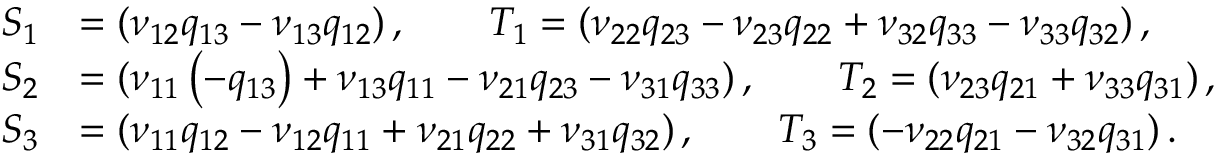
\begin{array} { r l } { S _ { 1 } } & { = ( \nu _ { 1 2 } q _ { 1 3 } - \nu _ { 1 3 } q _ { 1 2 } ) \, , \qquad T _ { 1 } = ( \nu _ { 2 2 } q _ { 2 3 } - \nu _ { 2 3 } q _ { 2 2 } + \nu _ { 3 2 } q _ { 3 3 } - \nu _ { 3 3 } q _ { 3 2 } ) \, , } \\ { S _ { 2 } } & { = ( \nu _ { 1 1 } \left( - q _ { 1 3 } \right) + \nu _ { 1 3 } q _ { 1 1 } - \nu _ { 2 1 } q _ { 2 3 } - \nu _ { 3 1 } q _ { 3 3 } ) \, , \qquad T _ { 2 } = ( \nu _ { 2 3 } q _ { 2 1 } + \nu _ { 3 3 } q _ { 3 1 } ) \, , } \\ { S _ { 3 } } & { = ( \nu _ { 1 1 } q _ { 1 2 } - \nu _ { 1 2 } q _ { 1 1 } + \nu _ { 2 1 } q _ { 2 2 } + \nu _ { 3 1 } q _ { 3 2 } ) \, , \qquad T _ { 3 } = ( - \nu _ { 2 2 } q _ { 2 1 } - \nu _ { 3 2 } q _ { 3 1 } ) \, . } \end{array}